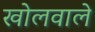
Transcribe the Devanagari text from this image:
खोलवाले